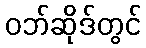
ဝဘ်ဆိုဒ်တွင်